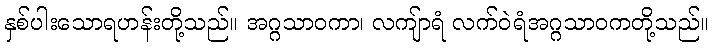
နှစ်ပါးသောရဟန်းတို့သည်။ အဂ္ဂသာဝကာ၊ လကျ်ာရံ လက်ဝဲရံအဂ္ဂသာဝကတို့သည်။